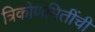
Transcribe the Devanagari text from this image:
त्रिकोणमितींची